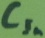
Text: CIn